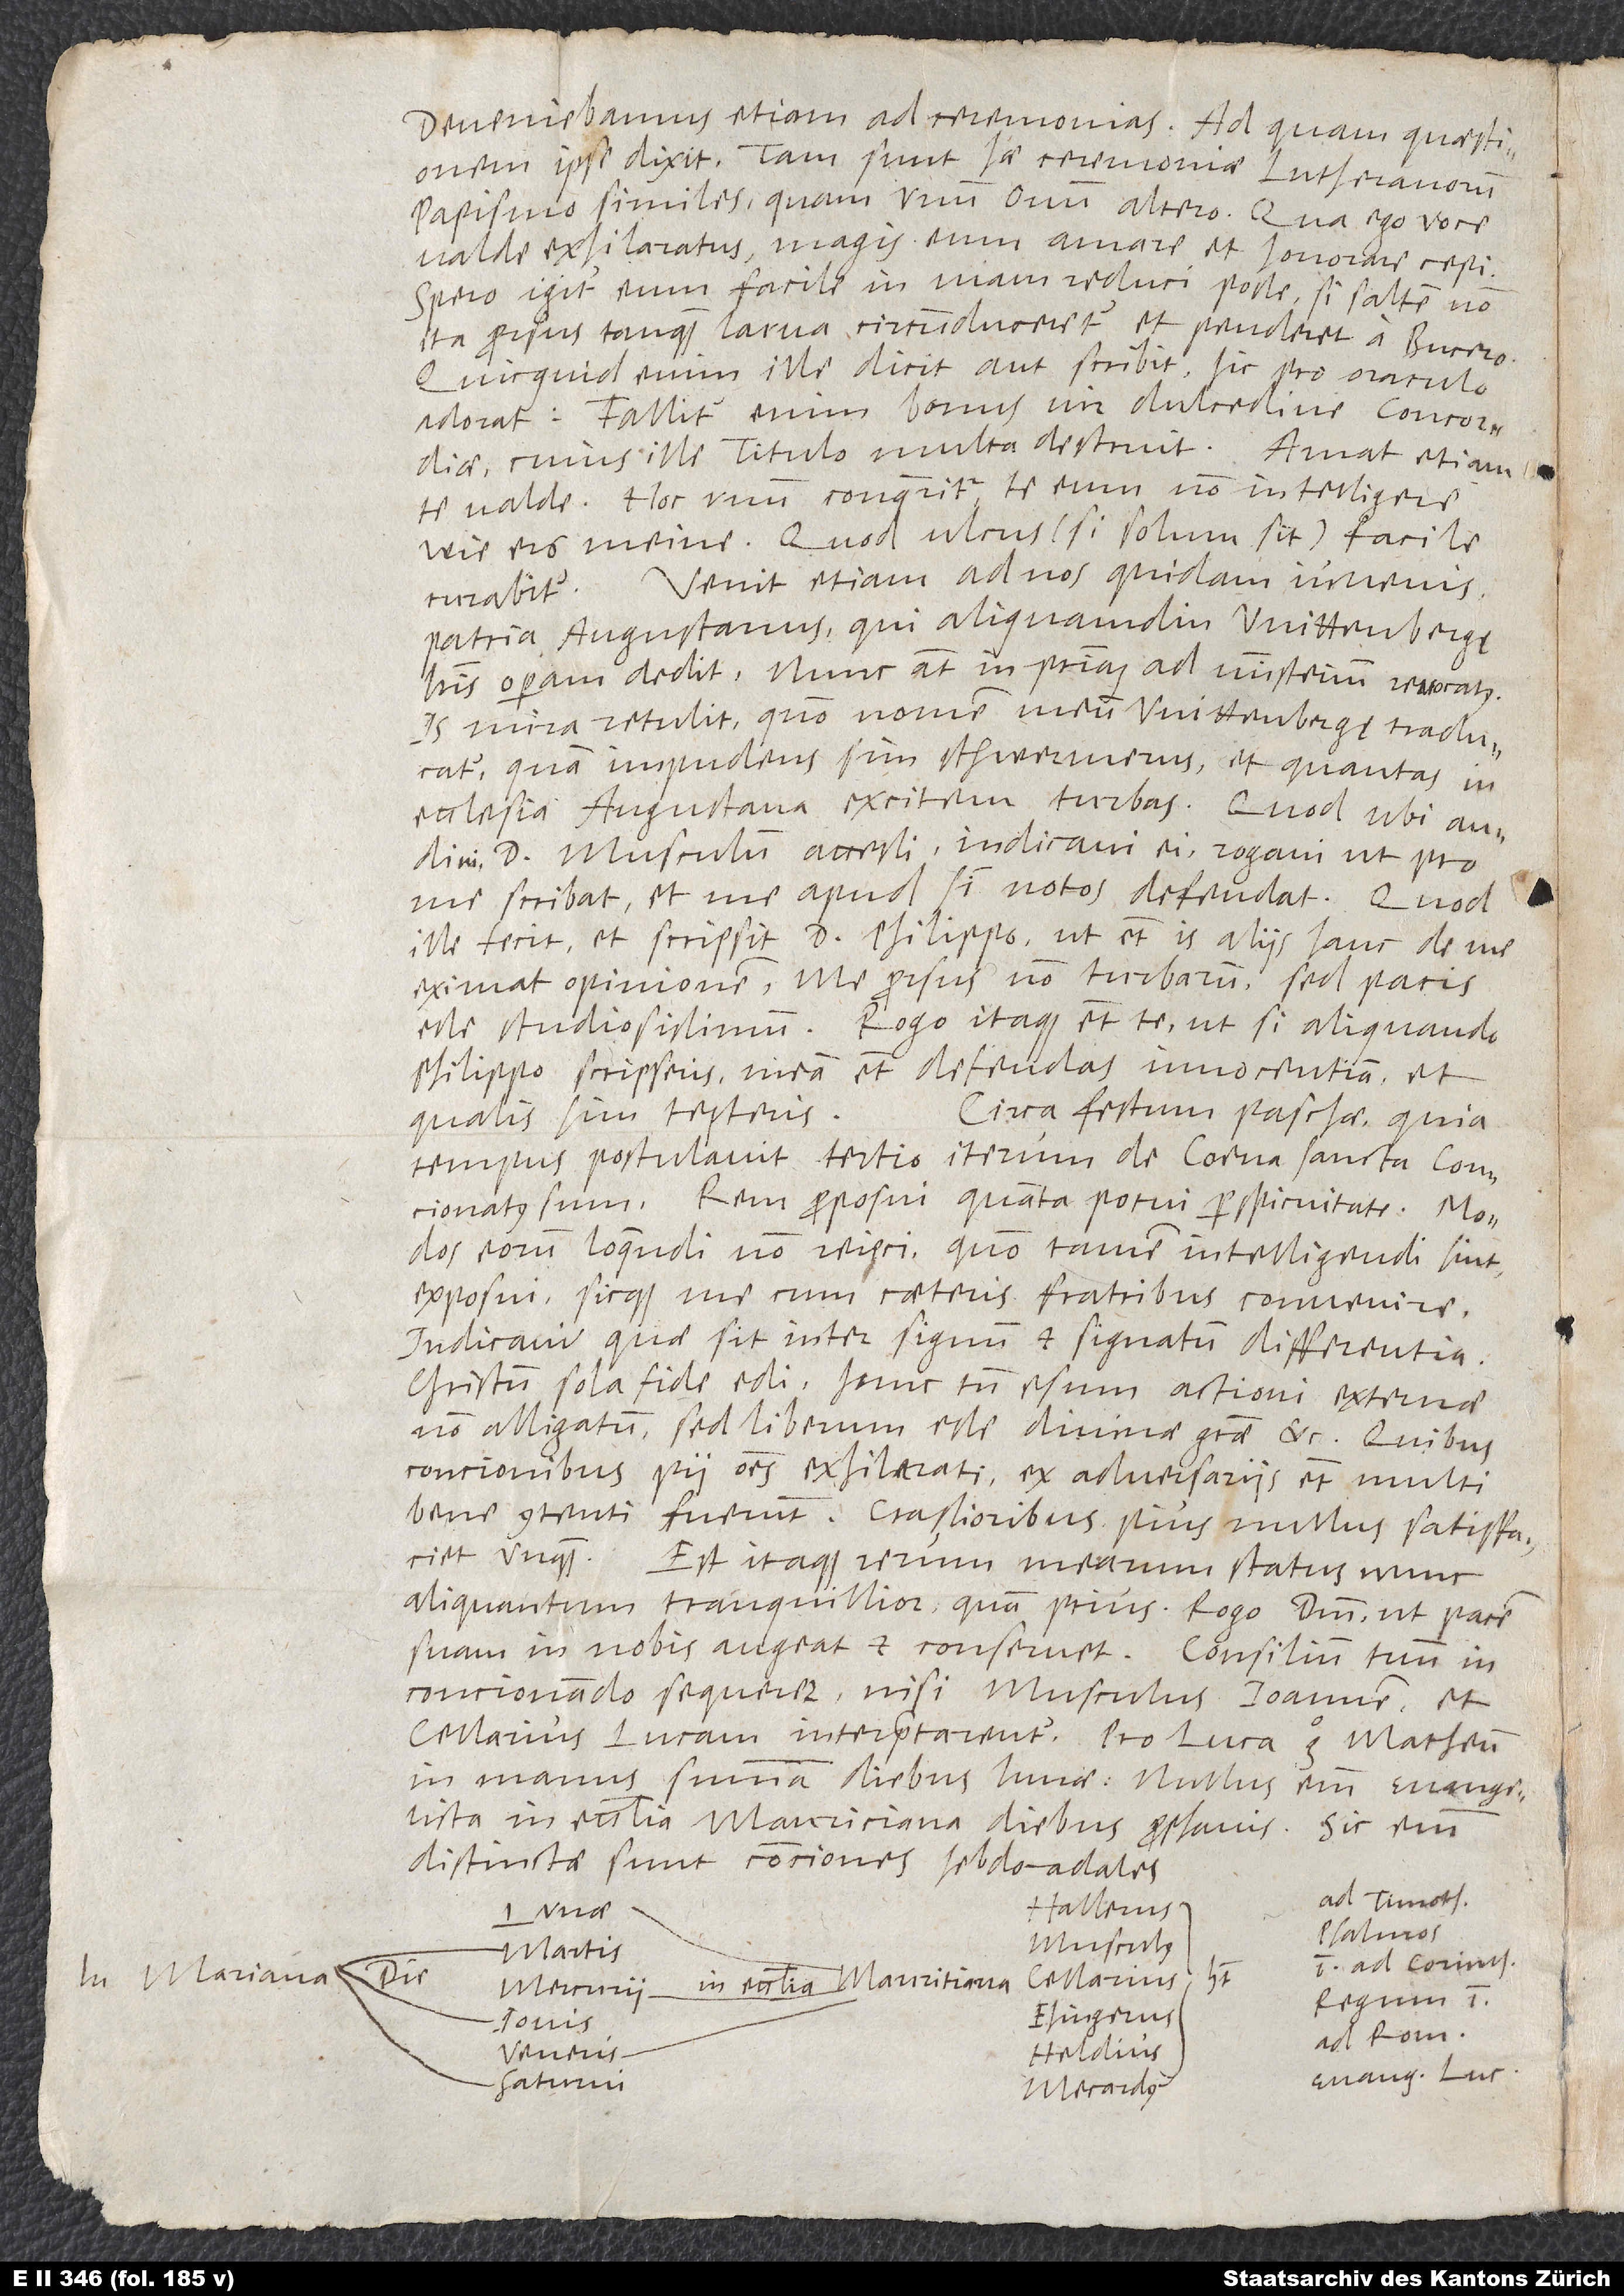
Deveniebamus etiam ad ceremonias. Ad quam quaestionem
ipse dixit: „Tam sunt hae ceremoniae Lutheranorum
papismo similes quam unum ovum altero.“ Qua ego voce
valde exhilaratus magis eum amare et honorare cepi.
Spero igitur eum facile in viam reduci posse, si saltem non
ita prorsus tanquam larva circumduceretur et penderet a Bucero.
Quicquid enim ille dicit aut scribit, hic pro oraculo
adorat. Fallitur enim bonus vir dulcedine concordiae,
cuius titulo multa destruit. Amat etiam
te valde. Hoc unum conqueritur te eum non intelligere,
wie ers meine. Quod ulcus (si solum sit) facile
curabitur. Venit etiam ad nos quidam iuvenis
patria Augustanus, qui aliquamdiu Wittenbergę
literis operam dedit, nunc autem in patriam ad ministerium revocatus.
Is mira retulit, quomodo nomen meum Wittenbergę traducatur,
quam impudens sim schwermerus et quantas in
ecclesia Augustana excitem turbas! Quod, ubi audivi,
d. Musculum accessi, indicavi ei, rogavi, ut pro
me scribat et me apud sibi notos defendat. Quod
ille fecit et scripsit d. Philippo, ut etiam is aliis hanc de me
eximat opinionem, me prorsus non turbarum, sed pacis
esse studiosissimum. Rogo itaque etiam te, ut, si aliquando
Philippo scripseris, meam etiam defendas innocentiam et,
Circa festum paschae, quia
qualis sim, testeris.
tempus postulavit, tertio iterum de coena sancta concionatus
sum. Rem proposui, quanta potui perspicuitate. Modos
eorum loquendi non reieci; quomodo tamen intelligendi sint,
exposui, sicque me cum caeteris fratribus convenire.
Indicavi, quae sit inter signum et signatum differentia;
Christum sola fide edi; hunc tamen esum actioni externae
non alligatum, sed liberum esse divinae gratiae, etc. Quibus
concionibus pii omnes exhilarati; ex adversariis etiam multi
bene contenti fuerunt. Crassioribus pius nullus satisfaciet
unquam. Est itaque rerum mearum status nunc
aliquantum tranquillior quam prius. Rogo dominum, ut pacem
suam in nobis augeat et conservet. Consilium tuum in
concionando sequerer, nisi Musculus Ioannem et
Cellarius Lucam interpretarentur. Pro Luca ergo Matheum
in manus sumam diebus lunae. Nullus enim evangelista
in ecclesia Mauriciana diebus prophanis. Sic enim
distinctae sunt conciones hebdomadales:
ad Timoth.
Psalmos.
Martis,
ad Corinth.
Mercurii,
Ehingerus
Iovis,
Ad Rom.
Veneris,
Heldius
evangelium Luc.
Saturni,
Mecardus